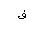
Letter: _fa